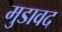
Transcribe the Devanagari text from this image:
मुडावद